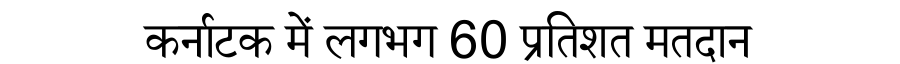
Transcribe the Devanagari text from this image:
कर्नाटक में लगभग 60 प्रतिशत मतदान